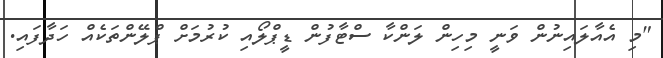
"މި އެއާލައިނުން ވަނީ މިހިން ލަންކާ ސްޓާފުން ޑީޕްލޯއި ކުރުމަށް ޕްލޭންތަކެއް ހަދާފައި.